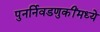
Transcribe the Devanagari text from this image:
पुनर्निवडणुकींमध्ये